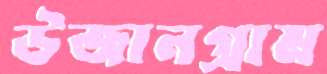
উজানগ্রাম